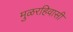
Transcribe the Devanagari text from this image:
मुळरहिवासी